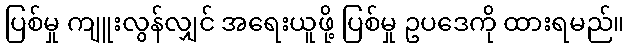
ပြစ်မှု ကျူးလွန်လျှင် အရေးယူဖို့ ပြစ်မှု ဥပဒေကို ထားရမည်။